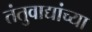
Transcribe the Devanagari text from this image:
तंतुवाद्यांच्या